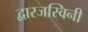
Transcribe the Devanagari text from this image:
द्वारजस्विनी